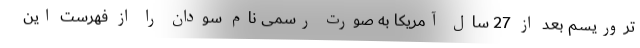
تروریسم بعد از 27 سال آمریکا به صورت رسمی نام سودان را از فهرست این